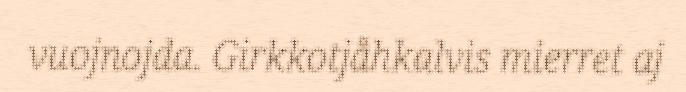
vuojnojda. Girkkotjåhkalvis mierret aj